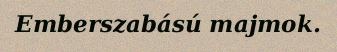
Emberszabású majmok.